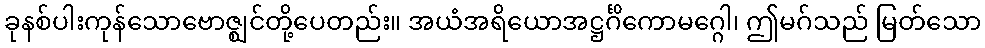
ခုနစ်ပါးကုန်သောဗောဇ္ဈင်တို့ပေတည်း။ အယံအရိယောအဋ္ဌင်္ဂိကောမဂ္ဂေါ၊ ဤမဂ်သည် မြတ်သော